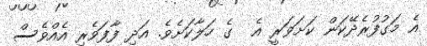
އެ މަގުފުރެދޭކަން ކަށަވަރީ އެ  ގެ ހަލާކަށެވެ. އަދި ފާފަވެރި އެއްވެސް